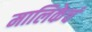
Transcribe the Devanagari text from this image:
मालिकेचं